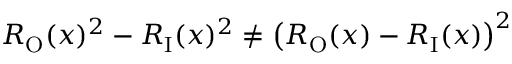
R _ { \mathrm { O } } ( x ) ^ { 2 } - R _ { \mathrm { I } } ( x ) ^ { 2 } \neq \left( R _ { \mathrm { O } } ( x ) - R _ { \mathrm { I } } ( x ) \right) ^ { 2 }